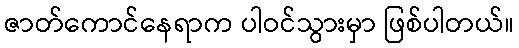
ဇာတ်ကောင်နေရာက ပါဝင်သွားမှာ ဖြစ်ပါတယ်။